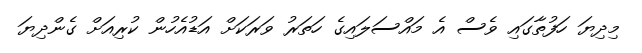
މިދިޔަ ހަފުތާގައި ވެސް އެ މައްސަލައިގެ ހަތަރު ވަރަކަށް އަޑުއެހުން ކުރިއަށް ގެންދިޔަ